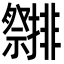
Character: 𮂤